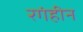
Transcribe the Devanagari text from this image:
रगंहीन